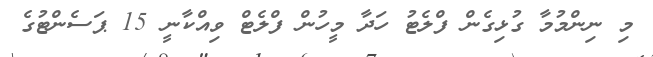
މި ނިންމުމާ ގުޅިގެން ފްލެޓު ހަދާ މީހުން ފްލެޓް ވިއްކާނީ 15 ޕަސެންޓުގެ